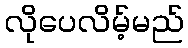
လိုပေလိမ့်မည်